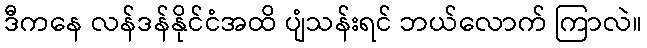
ဒီကနေ လန်ဒန်နိုင်ငံအထိ ပျံသန်းရင် ဘယ်လောက် ကြာလဲ။